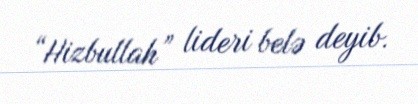
“Hizbullah” lideri belə deyib.